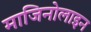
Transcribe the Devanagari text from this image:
माजिनोलाइन